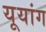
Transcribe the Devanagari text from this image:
यूयांग